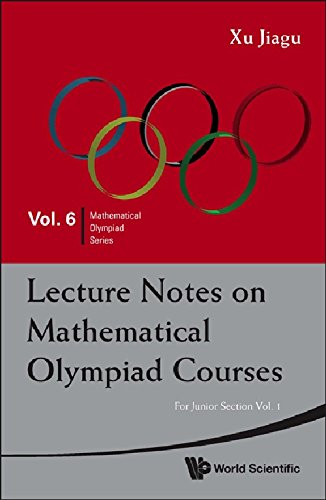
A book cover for Lecture Notes on Mathematical Olympiad Courses: For Junior Section (2 Volume Set); Xu Jiagu; Science & Math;